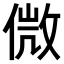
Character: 𠌝